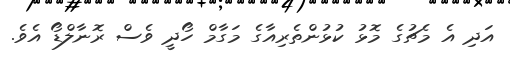
އަދި އެ މެޗުގެ މޮޅު ކުޅުންތެރިއާގެ މަގާމް ހޯދީ ވެސް ރޮނާލްޑޯ އެވެ.